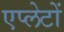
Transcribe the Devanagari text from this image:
एप्लेटों